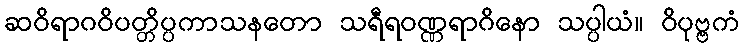
ဆဝိရာဂဝိပတ္တိပ္ပကာသနတော သရီရဝဏ္ဏရာဂိနော သပ္ပါယံ။ ဝိပုဗ္ဗကံ